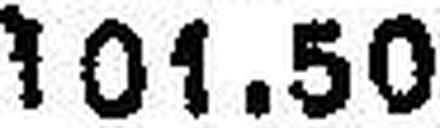
101.50